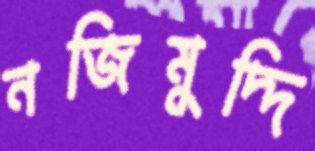
নজিমুদ্দি